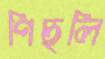
পিছলি